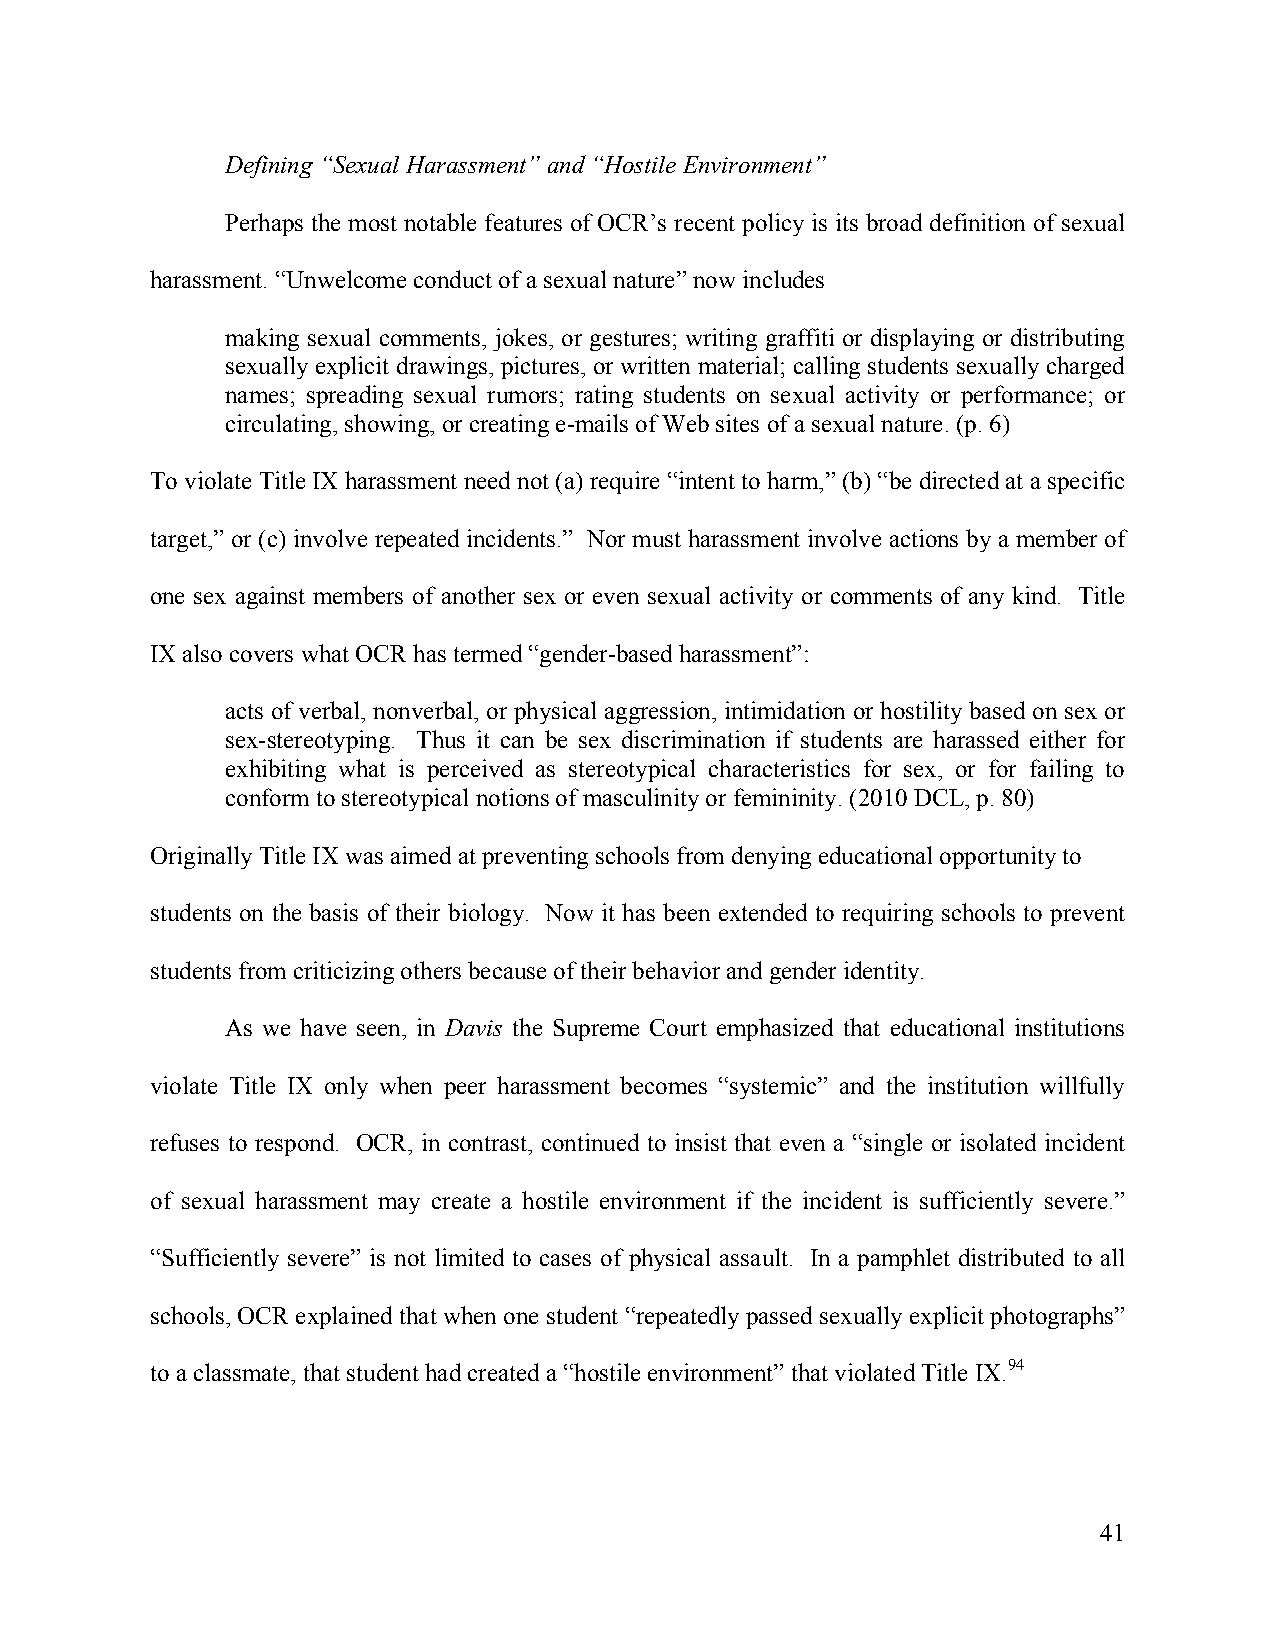
Defining “Sexual Harassment” and “Hostile Environment”
 Perhaps the most notable features of OCR’s recent policy is its broad definition of sexual
 harassment. “Unwelcome conduct of a sexual nature” now includes
 making sexual comments, jokes, or gestures; writing graffiti or displaying or distributing
 sexually explicit drawings, pictures, or written material; calling students sexually charged
 names; spreading sexual rumors; rating students on sexual activity or performance; or
 circulating, showing, or creating e-mails of Web sites of a sexual nature. (p. 6)
 To violate Title IX harassment need not (a) require “intent to harm,” (b) “be directed at a specific
 target,” or (c) involve repeated incidents.” Nor must harassment involve actions by a member of
 one sex against members of another sex or even sexual activity or comments of any kind. Title
 IX also covers what OCR has termed “gender-based harassment”:
 acts of verbal, nonverbal, or physical aggression, intimidation or hostility based on sex or
 sex-stereotyping. Thus it can be sex discrimination if students are harassed either for
 exhibiting what is perceived as stereotypical characteristics for sex, or for failing to
 conform to stereotypical notions of masculinity or femininity. (2010 DCL, p. 80)
 Originally Title IX was aimed at preventing schools from denying educational opportunity to
 students on the basis of their biology. Now it has been extended to requiring schools to prevent
 students from criticizing others because of their behavior and gender identity.
 As we have seen, in Davis the Supreme Court emphasized that educational institutions
 violate Title IX only when peer harassment becomes “systemic” and the institution willfully
 refuses to respond. OCR, in contrast, continued to insist that even a “single or isolated incident
 of sexual harassment may create a hostile environment if the incident is sufficiently severe.”
 “Sufficiently severe” is not limited to cases of physical assault. In a pamphlet distributed to all
 schools, OCR explained that when one student “repeatedly passed sexually explicit photographs”
 to a classmate, that student had created a “hostile environment” that violated Title IX.94
 41